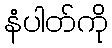
နံပါတ်ကို